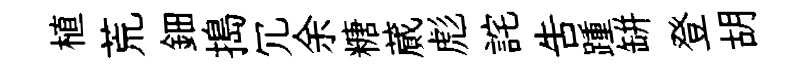
植荒鈿搗冗余糖蕆彪詫吿踵缾登胡